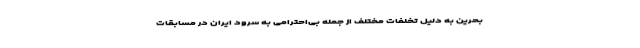
بحرین به دلیل تخلفات مختلف از جمله بی‌احترامی به سرود ایران در مسابقات